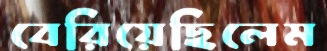
বেরিয়েছিলেম